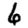
Digit: 6